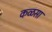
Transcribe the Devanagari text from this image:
कळसा